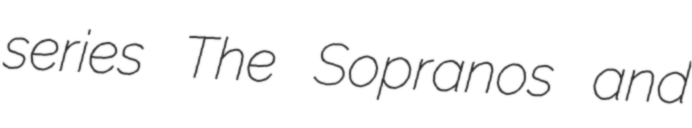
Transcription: series The Sopranos and